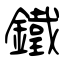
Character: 鐵